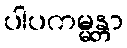
ပါပကမ္မန္တာ